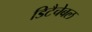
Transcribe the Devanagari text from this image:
डिटैचेबल